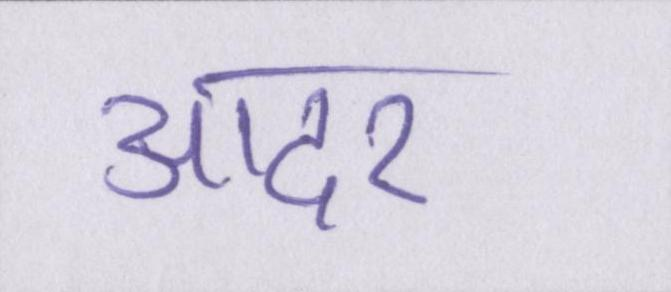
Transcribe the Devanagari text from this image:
आदर